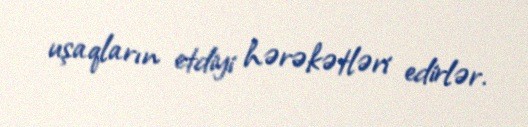
uşaqların etdiyi hərəkətləri edirlər.